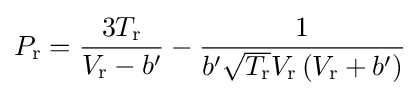
P_{\text{r}}={\frac {3T_{\text{r}}}{V_{\text{r}}-b'}}-{\frac {1}{b'{\sqrt {T_{\text{r}}}}V_{\text{r}}\left(V_{\text{r}}+b'\right)}}